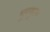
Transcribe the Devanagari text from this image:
भुरकुल